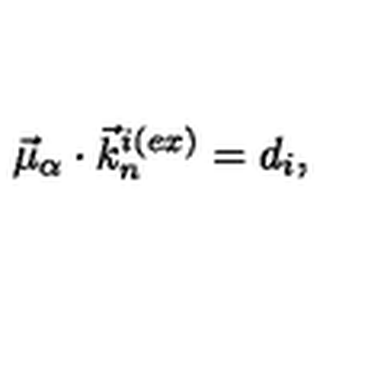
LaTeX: \vec { \mu } _ { \alpha } \cdot { { \vec { k } } _ { n } } ^ { i ( e x ) } = d _ { i } ,